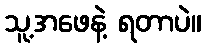
သူ့အဖေနဲ့ ရတာပဲ။